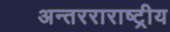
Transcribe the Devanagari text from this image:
अन्तरराराष्ट्रीय